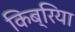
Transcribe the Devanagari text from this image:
किब्रिया